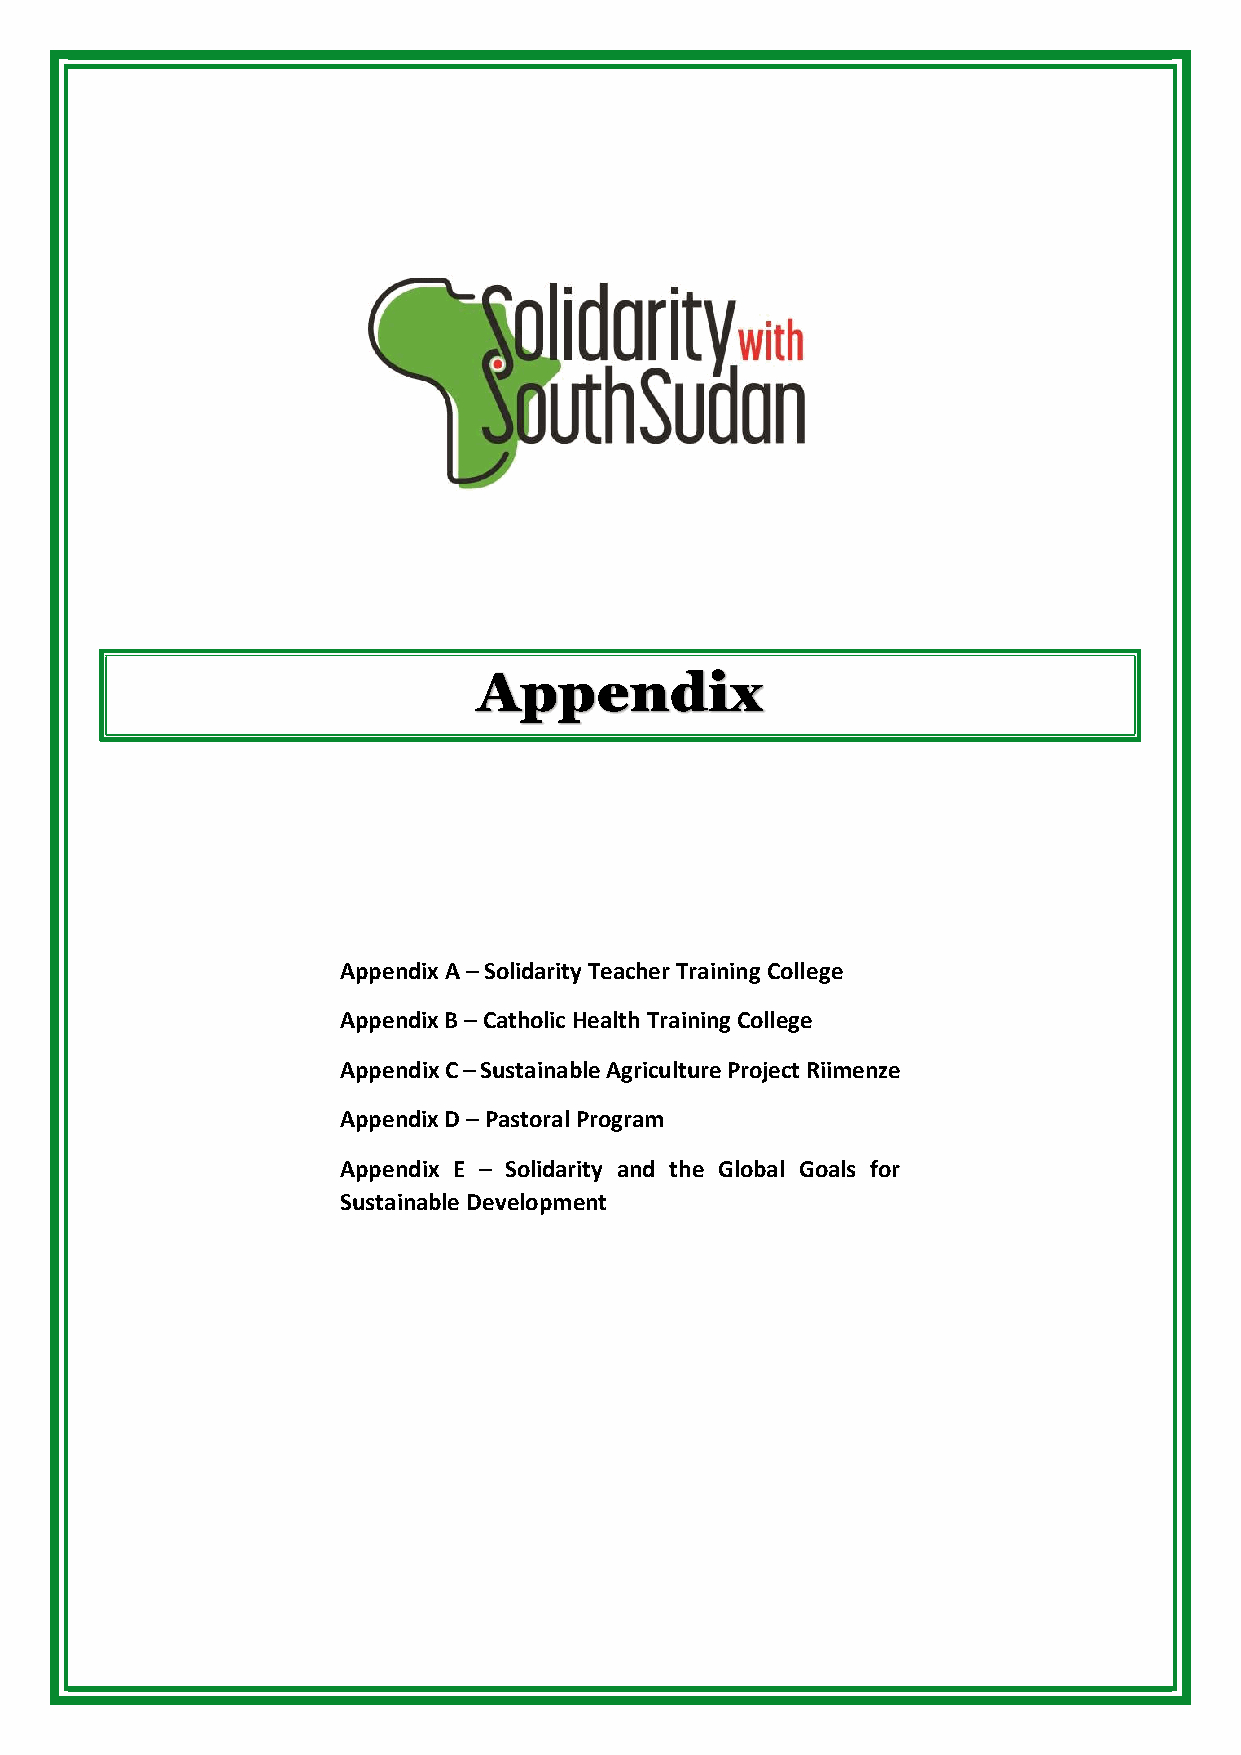
Appendix
 Appendix A – Solidarity Teacher Training College
 Appendix B – Catholic Health Training College
 Appendix C – Sustainable Agriculture Project Riimenze
 Appendix D – Pastoral Program
 Appendix E – Solidarity and the Global Goals for
 Sustainable Development